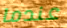
عندما